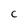
Character: C